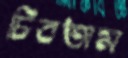
চিবতাম